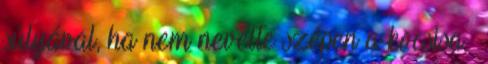
súlyával, ha nem nevelte szépen a kocsisa.